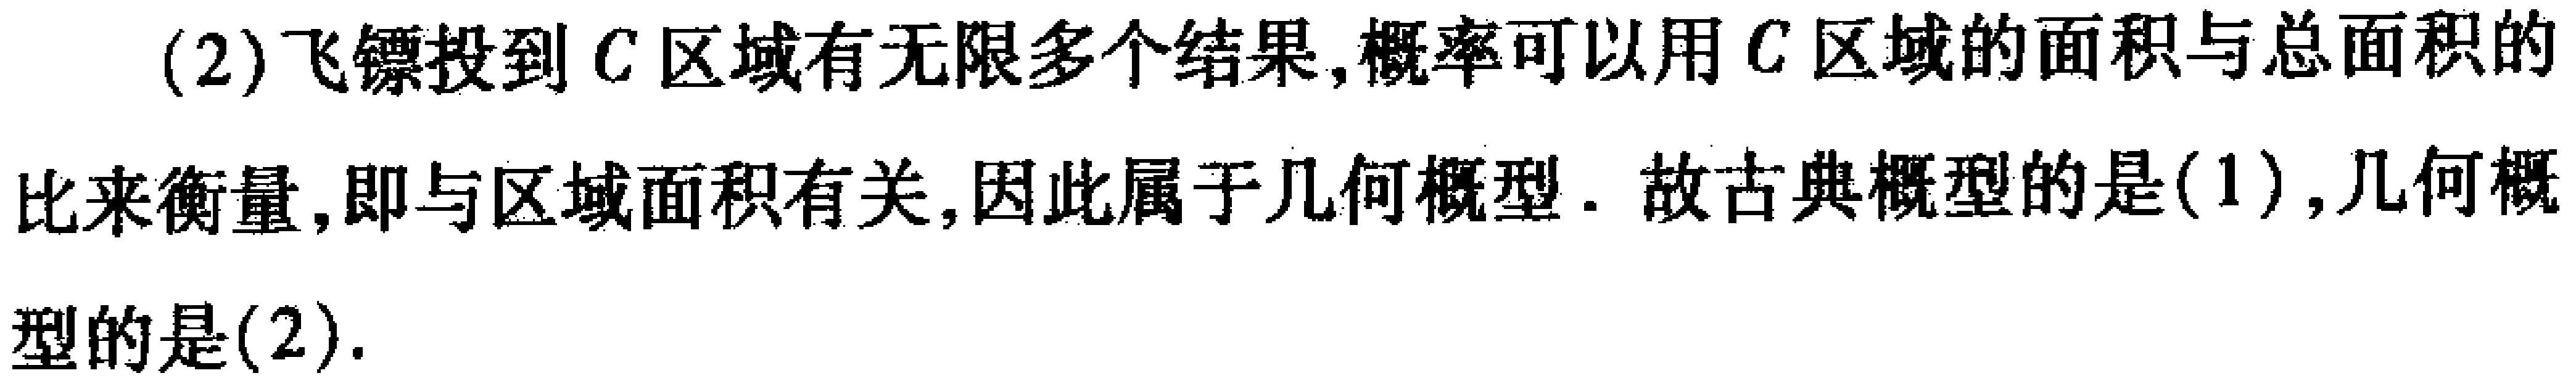
(2)飞镖投到 \(C\) 区域有无限多个结果,概率可以用 \(C\) 区域的面积与总面积的比来衡量,即与区域面积有关,因此属于几何概型. 故古典概型的是(1),几何概型的是(2).